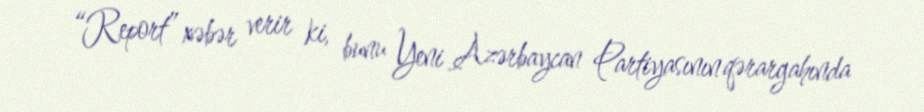
“Report” xəbər verir ki, bunu Yeni Azərbaycan Partiyasının qərargahında